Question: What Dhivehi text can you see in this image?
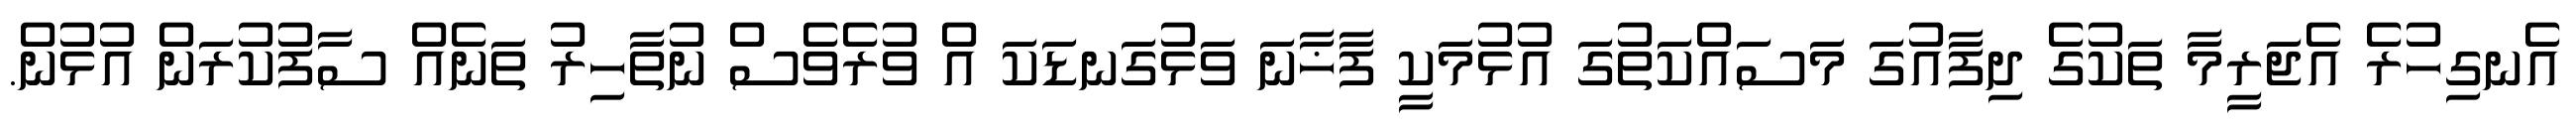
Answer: އެނގިހުރެ އެޖަރީމާ ތަކުގެ ދިފާއުގަ މަސައްކަތުގަ އުޅުމަކީ ފާޚާނަ ވަޅުގަނޑަކަ އް ވުރެވެސް ނުތާހިރު ތަނެއް ސާފުކުރަން އުޅުން.